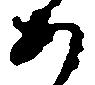
あ